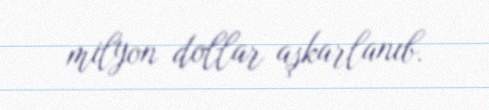
milyon dollar aşkarlanıb.